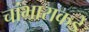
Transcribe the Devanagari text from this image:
चांभाराकडे